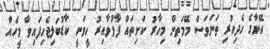
އޭނާގެ ހެދިހުރި ތަނަވަސް މޭމަތިން މިހާރު ކަށިތައް ފާޅުވާއިރު ހީވަނީ ކާޑުބަލިޖެހިފައިވާ މީހެއް